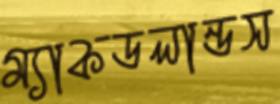
ম্যাকডলান্ডস